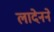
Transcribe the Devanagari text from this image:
लादेनने